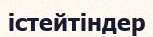
істейтіндер